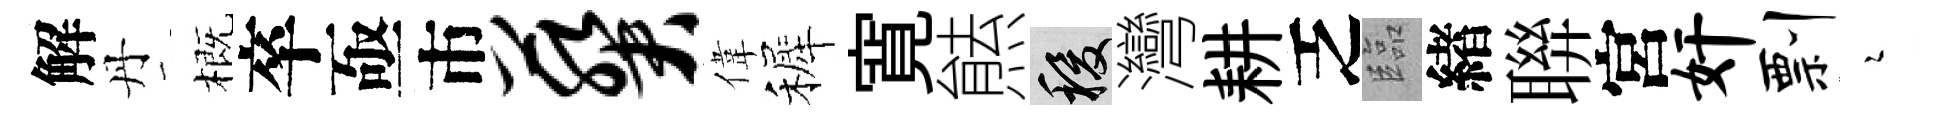
解丹概卒亟市葵偉裤寛㷱稷灣耕乏臨緖聨宮奸剽瑟